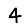
Digit: 4